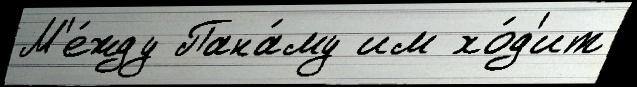
М'е́жду Пана́му им хо́д'ит